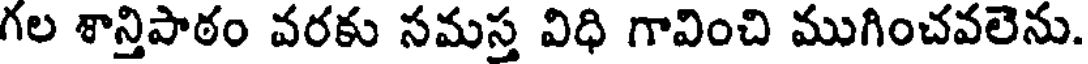
గల శాన్తిపాఠం వరకు సమస్త విధి గావించి ముగించవలెను.